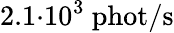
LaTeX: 2.1{\cdot}10^{3}\ \mathrm{phot}/\mathrm{s}